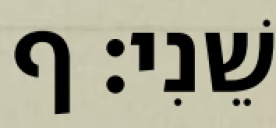
שֵׁנִי׃ ף